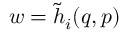
w = \tilde { h } _ { i } ( q , p )